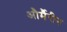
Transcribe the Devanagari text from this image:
और्मैरीन